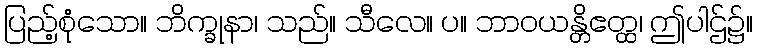
ပြည့်စုံသော။ ဘိက္ခုနာ၊ သည်။ သီလေ။ ပ။ ဘာဝယန္တိဧတ္ထ၊ ဤပါဌ်၌။